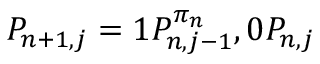
P _ { n + 1 , j } = 1 P _ { n , j - 1 } ^ { \pi _ { n } } , 0 P _ { n , j }